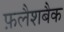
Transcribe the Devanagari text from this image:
फ़लैशबैक